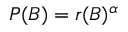
P ( B ) = r ( B ) ^ { \alpha }